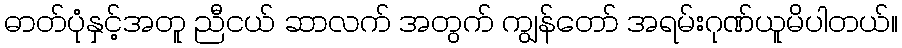
ဓာတ်ပုံနှင့်အတူ ညီငယ် ဆာလက် အတွက် ကျွန်တော် အရမ်းဂုဏ်ယူမိပါတယ်။